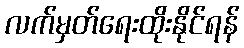
လက်မှတ်ရေးထိုးနိုင်ရန်